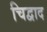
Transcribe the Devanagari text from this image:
चिद्वाद